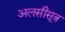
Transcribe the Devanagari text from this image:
अलसीसूत्र